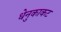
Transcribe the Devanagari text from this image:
धेनुकाकट